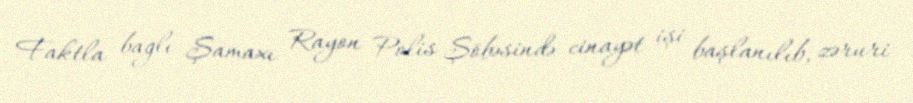
Faktla bağlı Şamaxı Rayon Polis Şöbəsində cinayət işi başlanılıb, zəruri